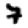
Digit: 7